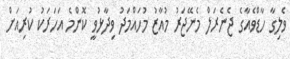
ވެލިގާ ހާޑްވެއާގެ ޖެނެރަލް މެނޭޖަރު މުއާޒު މުހައްމަދު ވިދާޅުވީ ކޮންމެ އަހަރަކު ކުރިއަށް